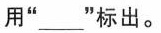
用”___”标出。